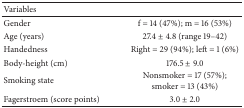
<table><thead><tr><td><b>Variables</b></td><td><b> </b></td></tr></thead><tbody><tr><td>Gender</td><td>f = 14 (47%); m = 16 (53%)</td></tr><tr><td>Age (years)</td><td>27.4 ± 4.8 (range 19–42)</td></tr><tr><td>Handedness</td><td>Right = 29 (94%); left = 1 (6%) </td></tr><tr><td>Body-height (cm)</td><td>176.5 ± 9.0</td></tr><tr><td>Smoking state</td><td>Nonsmoker = 17 (57%); smoker = 13 (43%)</td></tr><tr><td>Fagerstroem (score points)</td><td>3.0 ± 2.0</td></tr></tbody></table>